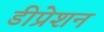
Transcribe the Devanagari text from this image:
डीप्रेशन